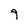
Character: 9